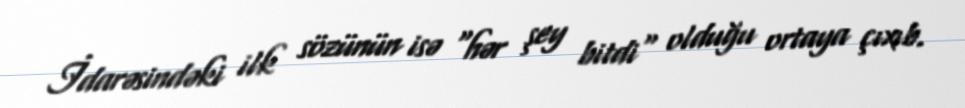
İdarəsindəki ilk sözünün isə "hər şey bitdi" olduğu ortaya çıxıb.